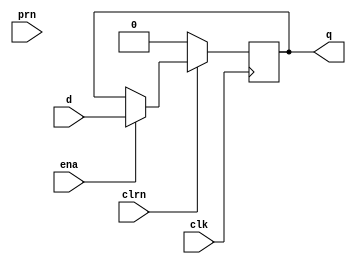
module z_dflipflop(d, clk, clrn, prn, ena, q);
    input d, clk, ena, clrn, prn;
    wire clr;
    wire pr;

    output q;
    reg q;

    assign clr = ~clrn;
    assign pr = ~prn;

    initial
    begin
        q = 1'b0;
    end

    always @(posedge clk) begin
        if (q == 1'bx) begin
            q <= 1'b0;
        end else if (clr) begin
            q <= 1'b0;
        end else if (ena) begin
            q <= d;
        end
    end
endmodule